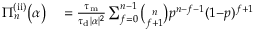
\begin{array} { r l } { \Pi _ { n } ^ { \mathrm { ( i i ) } } \big ( \alpha \big ) } & { { } = \frac { \tau _ { \mathrm { m } } } { \tau _ { \mathrm { d } } | \alpha | ^ { 2 } } \sum _ { f = 0 } ^ { n - 1 } \binom { n } { f + 1 } p ^ { n - f - 1 } ( 1 { - } p ) ^ { f + 1 } } \end{array}